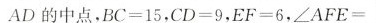
AD的中点，$$B C = 1 5$$，$$C D = 9$$，$$E F = 6$$，$$∠ A F E =